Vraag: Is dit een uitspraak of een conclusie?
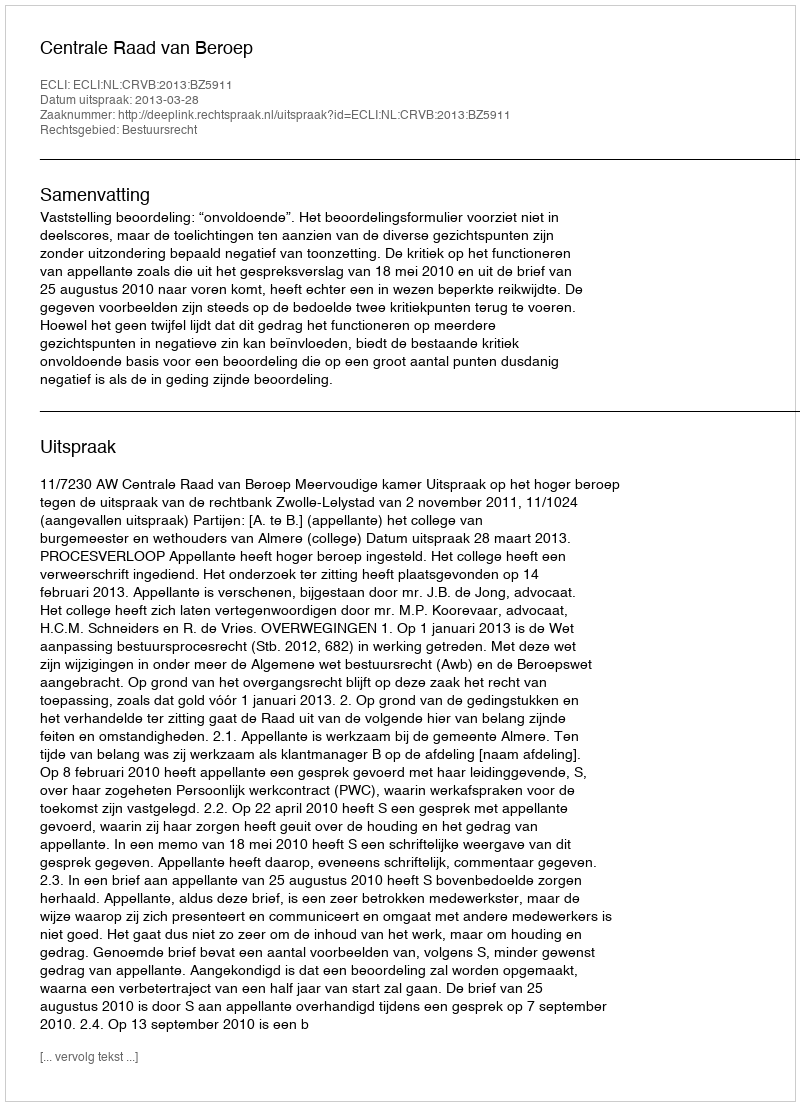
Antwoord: Uitspraak